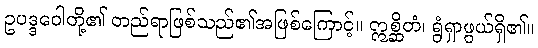
ဥပဒ္ဒဝေါတို့၏ တည်ရာဖြစ်သည်၏အဖြစ်ကြောင့်။ ဣစ္ဆိတံ၊ ရွံရှာဖွယ်ရှိ၏။